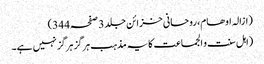
(ازالہ اوھام، روحانی خزائن جلد 3 صفحہ 344)
(اہل سنت و الجماعت کا یہ مذہب ہرگز ہرگز نہیں ہے۔